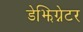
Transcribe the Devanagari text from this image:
डेझिग्नेटर